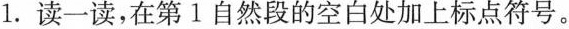
1. 读一读，在第1自然段的空白处加上标点符号。